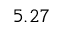
5 . 2 7